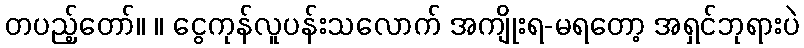
တပည့်တော်။ ။ ငွေကုန်လူပန်းသလောက် အကျိုးရ-မရတော့ အရှင်ဘုရားပဲ